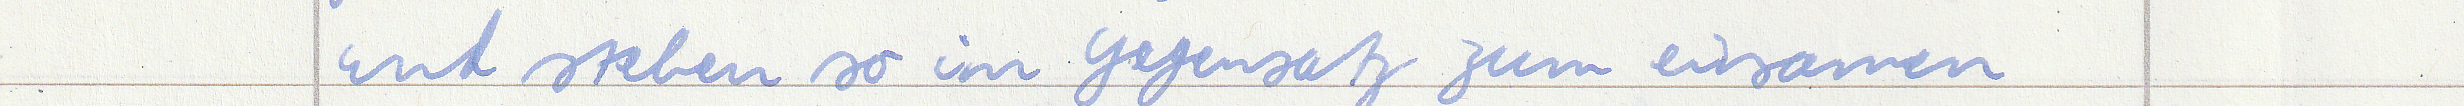
und stehen so im Gegensatz zum einsamen